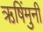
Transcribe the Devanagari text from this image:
ऋषिंमुनी